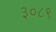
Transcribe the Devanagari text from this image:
३०८९